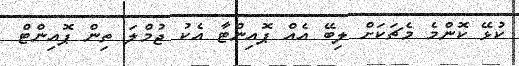
ކުޅޭ ކޮންމެ މެޗަކަށް ލިބޭ އެއް ޕޮއިންޓާ އެކު ޖުމްލަ ތިން ޕޮއިންޓް